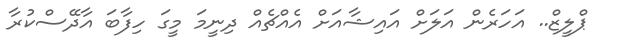
ޕްލީޒް.. އަހަރެން އަލަށް އައިޝާއަށް އެއްޗެއް ދިނީމަ މީގަ ހިފާބަ އާދޭސްކުރާ